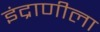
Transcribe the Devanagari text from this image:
इंद्राणीला